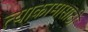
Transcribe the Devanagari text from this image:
त्याकामासाठी